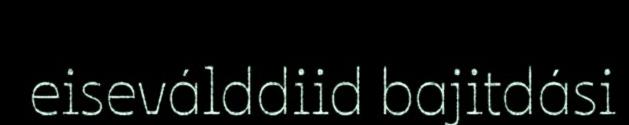
eiseválddiid bajitdási